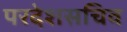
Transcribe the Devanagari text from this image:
परदेशसचिव